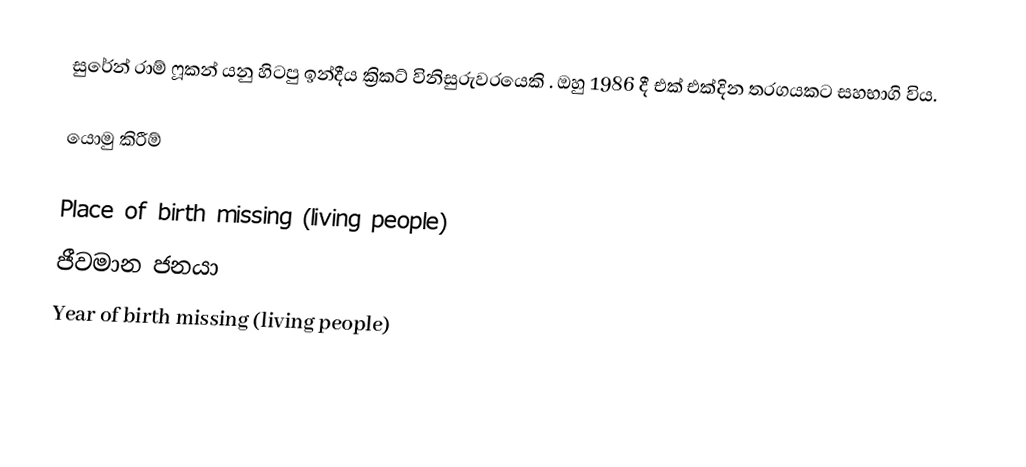
සුරේන් රාම් ෆූකන් යනු හිටපු ඉන්දීය ක්‍රිකට් විනිසුරුවරයෙකි . ඔහු 1986 දී එක් එක්දින තරගයකට සහභාගි විය.

යොමු කිරීම්

Place of birth missing (living people)
ජීවමාන ජනයා
Year of birth missing (living people)